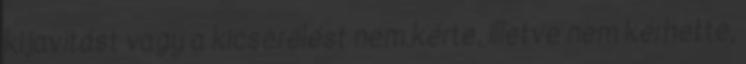
kijavítást vagy a kicserélést nem kérte, illetve nem kérhette,